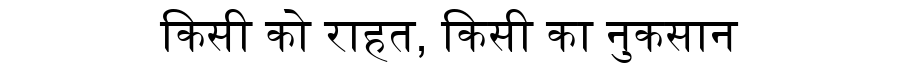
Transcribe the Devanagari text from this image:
किसी को राहत, किसी का नुकसान